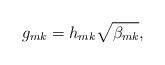
LaTeX: \begin{align*}g_{mk}=h_{mk}\sqrt{\beta_{mk}},\end{align*}